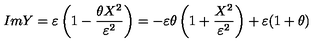
I m Y = \varepsilon \left( 1 - \frac { \theta X ^ { 2 } } { \varepsilon ^ { 2 } } \right) = - \varepsilon \theta \left( 1 + \frac { X ^ { 2 } } { \varepsilon ^ { 2 } } \right) + \varepsilon ( 1 + \theta )